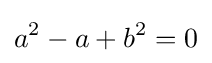
a^{2}-a+b^{2}=0